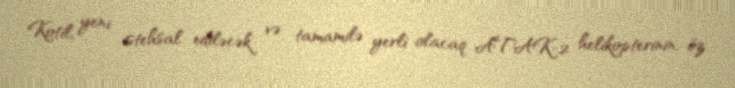
Kotil, yeni istehsal ediləcək və tamamilə yerli olacaq ATAK-2 helikopterinin, öz